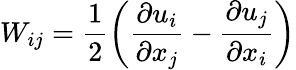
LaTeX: W_{ij}=\frac{1}{2}\left(\frac{\partial u_{i}}{\partial x_{j}}-\frac{\partial u_{j}}{\partial x_{i}}\right)